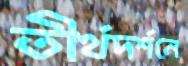
তীর্থদর্শনে